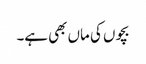
بچوں کی ماں بھی ہے۔